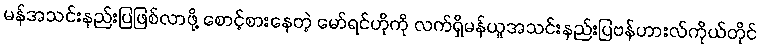
မန်အသင်းနည်းပြဖြစ်လာဖို့ စောင့်စားနေတဲ့ မော်ရင်ဟိုကို လက်ရှိမန်ယူအသင်းနည်းပြဗန်ဟားလ်ကိုယ်တိုင်